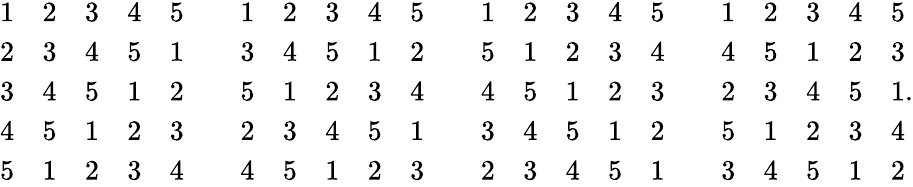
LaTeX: {\begin{array}{lllll}{1}&{2}&{3}&{4}&{5}\\ {2}&{3}&{4}&{5}&{1}\\ {3}&{4}&{5}&{1}&{2}\\ {4}&{5}&{1}&{2}&{3}\\ {5}&{1}&{2}&{3}&{4}\end{array}}\qquad{\begin{array}{lllll}{1}&{2}&{3}&{4}&{5}\\ {3}&{4}&{5}&{1}&{2}\\ {5}&{1}&{2}&{3}&{4}\\ {2}&{3}&{4}&{5}&{1}\\ {4}&{5}&{1}&{2}&{3}\end{array}}\qquad{\begin{array}{lllll}{1}&{2}&{3}&{4}&{5}\\ {5}&{1}&{2}&{3}&{4}\\ {4}&{5}&{1}&{2}&{3}\\ {3}&{4}&{5}&{1}&{2}\\ {2}&{3}&{4}&{5}&{1}\end{array}}\qquad{\begin{array}{lllll}{1}&{2}&{3}&{4}&{5}\\ {4}&{5}&{1}&{2}&{3}\\ {2}&{3}&{4}&{5}&{1}\\ {5}&{1}&{2}&{3}&{4}\\ {3}&{4}&{5}&{1}&{2}\end{array}}.